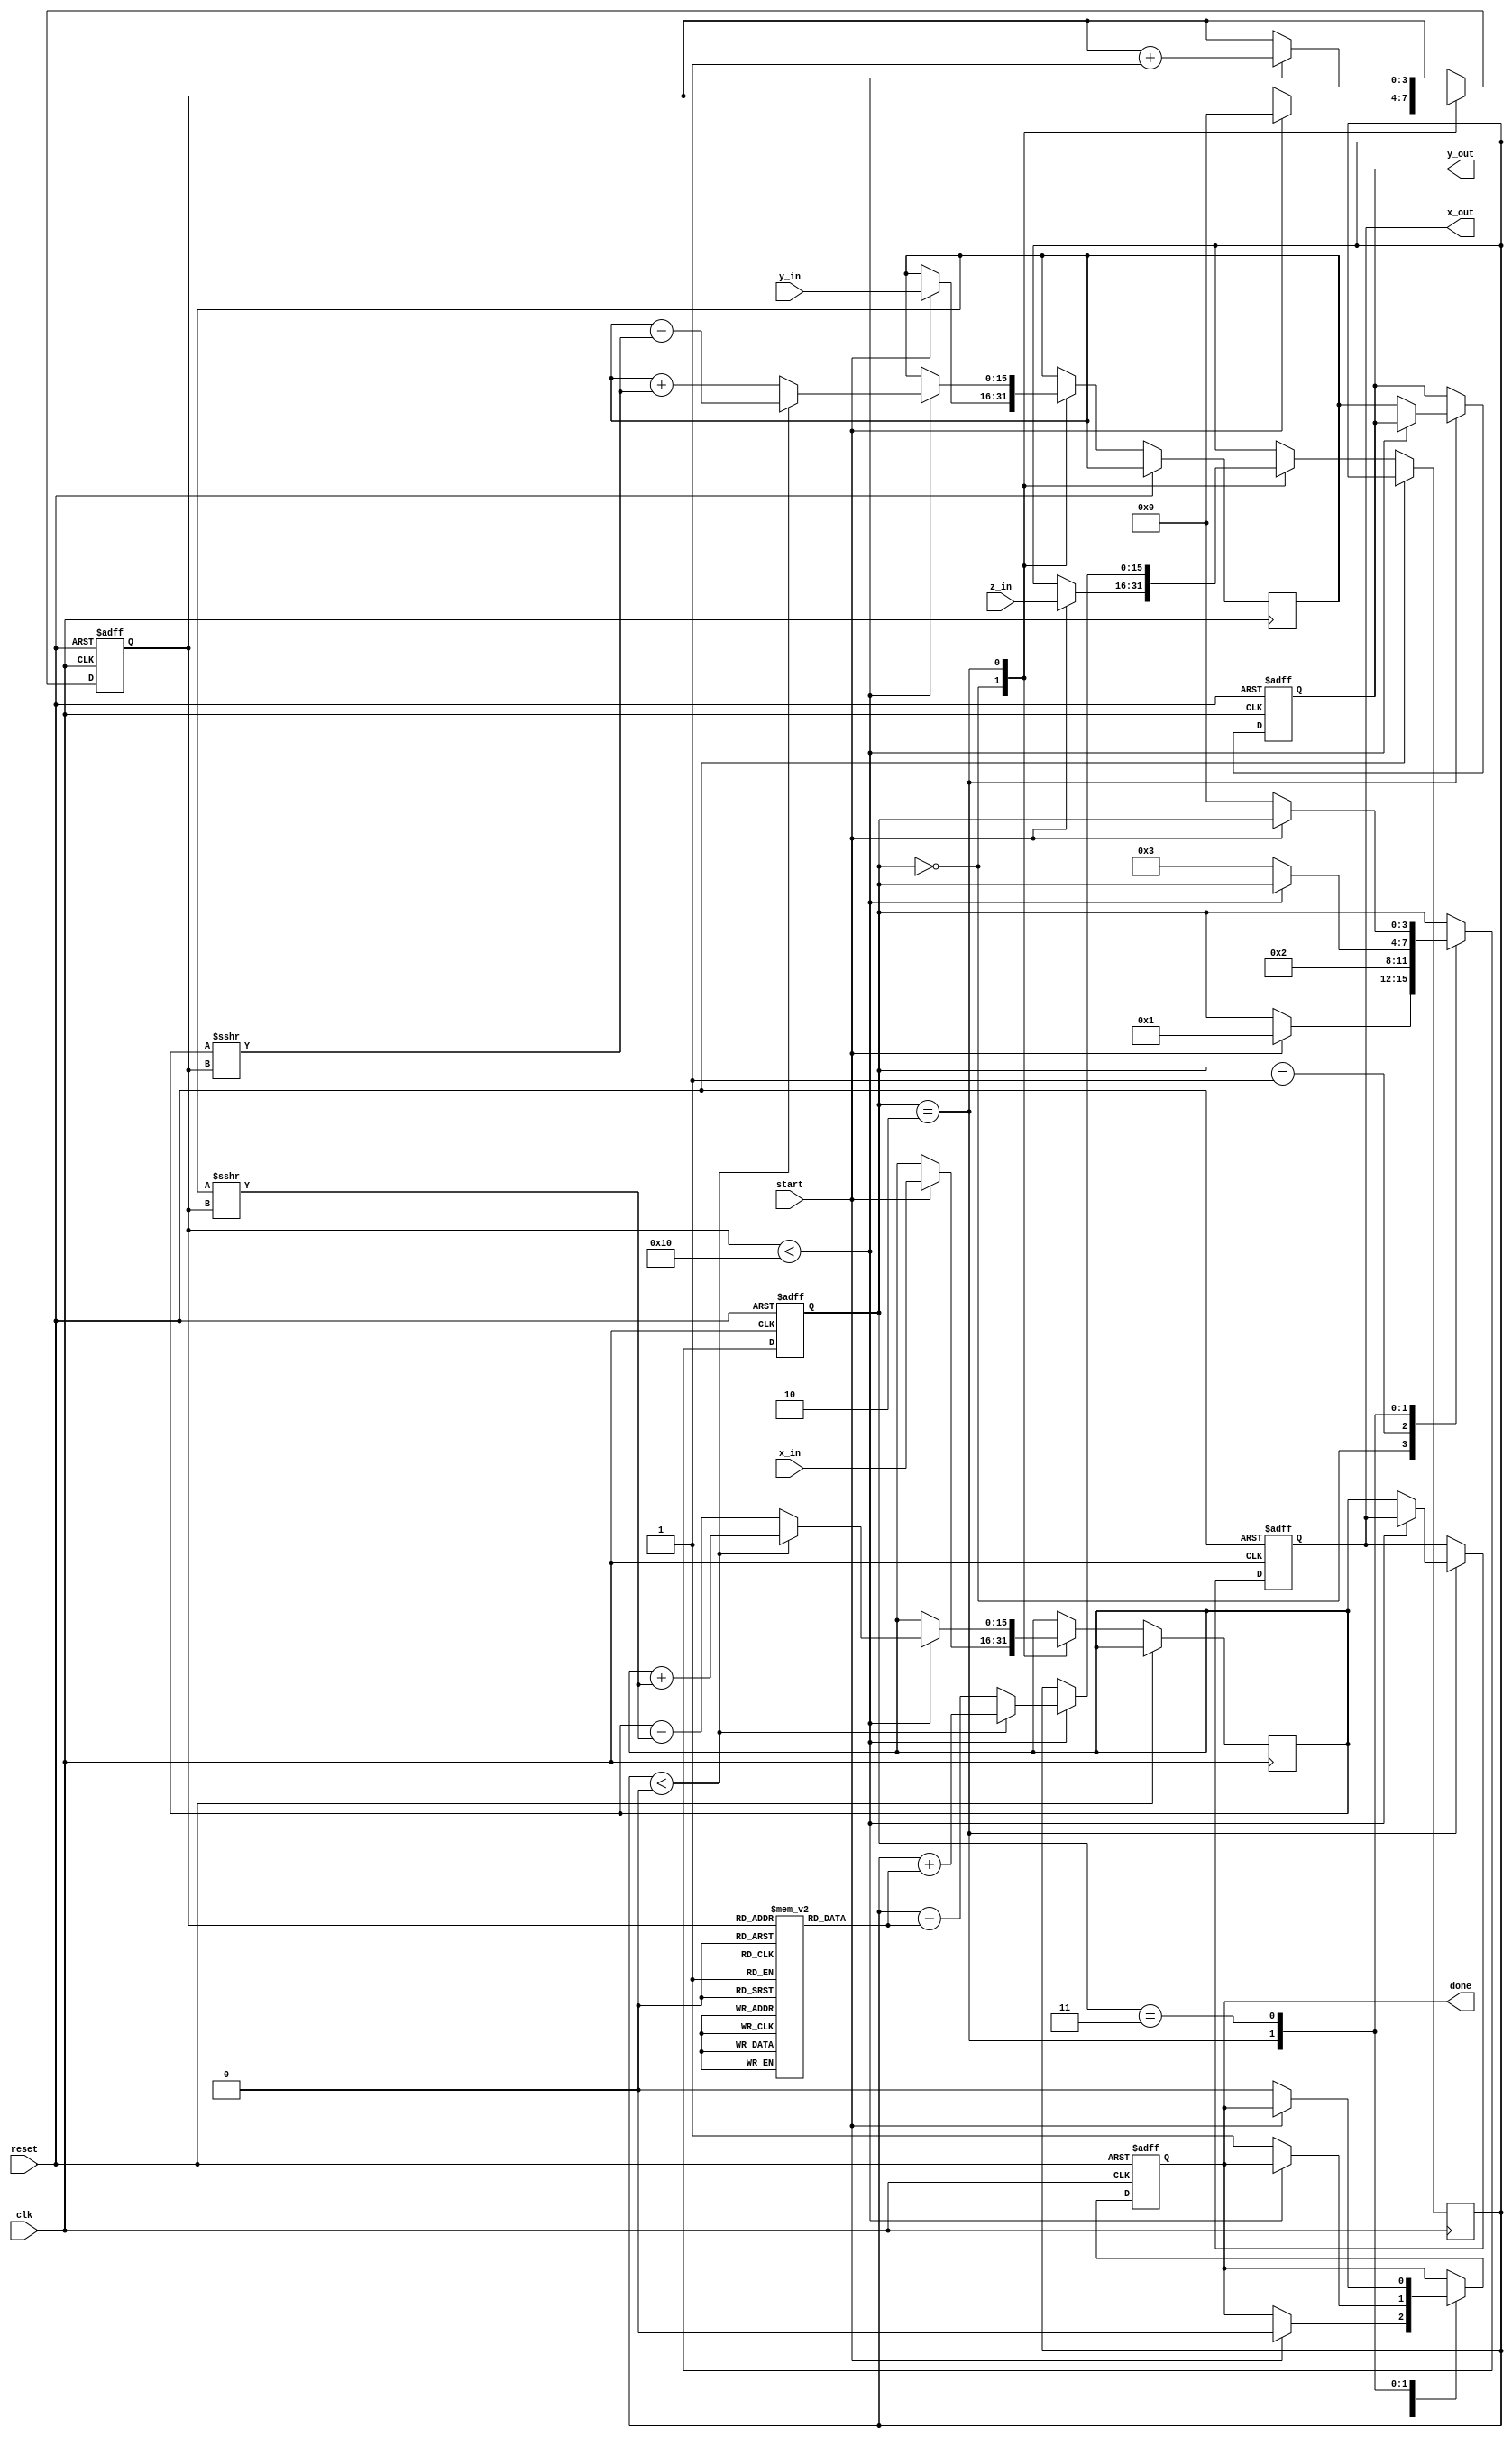
module cordic_2d (
    input wire signed [15:0] x_in,    // Input x-coordinate
    input wire signed [15:0] y_in,    // Input y-coordinate
    input wire signed [15:0] z_in,    // Input angle (rotation value)
    input wire start,                  // Start signal
    input wire clk,                    // Clock signal
    input wire reset,                  // Asynchronous reset
    output reg signed [15:0] x_out,    // Output x-coordinate
    output reg signed [15:0] y_out,    // Output y-coordinate
    output reg done                    // Completion signal
);

    // Parameters
    parameter NUM_ITERATIONS = 16;    // Number of iterations
    parameter FIXED_POINT_FRACTIONAL_BITS = 15; // Number of fractional bits

    // Internal signals
    reg signed [15:0] x_reg, y_reg;    // Registers for x and y
    reg signed [15:0] z_reg;            // Register for z
    reg [3:0] state;                    // State variable
    reg [3:0] iteration_count;          // Iteration counter

    // CORDIC rotation angles (atan(2^-i) in fixed-point representation)
    reg signed [15:0] angles [0:NUM_ITERATIONS-1];
    initial begin
        angles[0] = 16'h26DD; // atan(1) = 45 degrees in fixed-point
        angles[1] = 16'h1DAC; // atan(0.5) = 26.565 degrees
        angles[2] = 16'h0FAD; // atan(0.25) = 14.036 degrees
        angles[3] = 16'h07A9; // atan(0.125) = 7.125 degrees
        angles[4] = 16'h03C9; // atan(0.0625) = 3.125 degrees
        angles[5] = 16'h01E5; // atan(0.03125) = 1.5625 degrees
        angles[6] = 16'h00F2; // atan(0.015625) = 0.78125 degrees
        angles[7] = 16'h0079; // atan(0.0078125) = 0.390625 degrees
        angles[8] = 16'h003C; // atan(0.00390625) = 0.1953125 degrees
        angles[9] = 16'h001E; // atan(0.001953125) = 0.09765625 degrees
        angles[10] = 16'h000F; // atan(0.0009765625) = 0.048828125 degrees
        angles[11] = 16'h0007; // atan(0.00048828125) = 0.0244140625 degrees
        angles[12] = 16'h0003; // atan(0.000244140625) = 0.01220703125 degrees
        angles[13] = 16'h0002; // atan(0.0001220703125) = 0.006103515625 degrees
        angles[14] = 16'h0001; // atan(0.00006103515625) = 0.0030517578125 degrees
        angles[15] = 16'h0001; // atan(0.000030517578125) = 0.00152587890625 degrees
    end

    // State machine
    localparam IDLE = 0, INIT = 1, COMPUTE = 2, DONE = 3;
    
    always @(posedge clk or posedge reset) begin
        if (reset) begin
            state <= IDLE;
            x_out <= 0;
            y_out <= 0;
            done <= 0;
            iteration_count <= 0;
        end else begin
            case (state)
                IDLE: begin
                    if (start) begin
                        x_reg <= x_in;
                        y_reg <= y_in;
                        z_reg <= z_in;
                        iteration_count <= 0;
                        state <= INIT;
                        done <= 0;
                    end
                end

                INIT: begin
                    // Initialize for computation
                    state <= COMPUTE;
                end

                COMPUTE: begin
                    if (iteration_count < NUM_ITERATIONS) begin
                        if (z_reg < 0) begin
                            // Perform rotation in the negative direction
                            x_reg <= x_reg + (y_reg >>> iteration_count);
                            y_reg <= y_reg - (x_reg >>> iteration_count);
                            z_reg <= z_reg + angles[iteration_count];
                        end else begin
                            // Perform rotation in the positive direction
                            x_reg <= x_reg - (y_reg >>> iteration_count);
                            y_reg <= y_reg + (x_reg >>> iteration_count);
                            z_reg <= z_reg - angles[iteration_count];
                        end
                        iteration_count <= iteration_count + 1;
                    end else begin
                        // All iterations complete
                        x_out <= x_reg;
                        y_out <= y_reg;
                        done <= 1;
                        state <= DONE;
                    end
                end

                DONE: begin
                    // Wait for the next start signal
                    if (!start) begin
                        state <= IDLE;
                        done <= 0;
                    end
                end
            endcase
        end
    end

endmodule